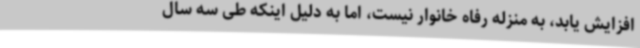
افزایش یابد، به منزله رفاه خانوار نیست، اما به دلیل اینکه طی سه سال